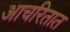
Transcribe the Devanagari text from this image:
आचरितात